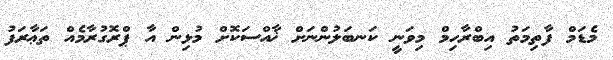
މެޑަމް ފާތިމަތު އިބްރާހިމް މިވަނީ ކަނބަލުންނަށް ޚާއްސަކޮށް މުޅިން އާ ޕްރޮގުރާމެއް ތަޢާރަފު